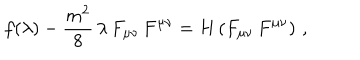
LaTeX: f ( \lambda ) - \frac { m ^ { 2 } } { 8 } \, \lambda \, F _ { \mu \nu } \, F ^ { \mu \nu } = H \left( F _ { \mu \nu } \, F ^ { \mu \nu } \right) \, ,